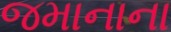
જમાનાના